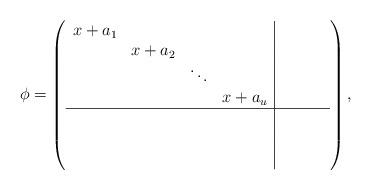
LaTeX: \begin{align*}\phi=\left(\begin{array}{cccc|ccccc}x+a_{1}&&&&&&\\&x+a_{2}&&&&&\\&&\ddots&&&&&\\&&&x+a_{u}&&&\\\hline&&&\\&&&\\&&&\end{array}\right),\end{align*}